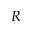
R